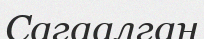
Сагаалган